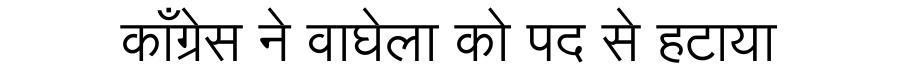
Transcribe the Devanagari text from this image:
काँग्रेस ने वाघेला को पद से हटाया